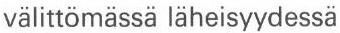
välittömässä läheisyydessä